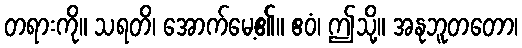
တရားကို။ သရတိ၊ အောက်မေ့၏။ ဧဝံ၊ ဤသို့။ အနုဘူတတော၊